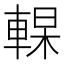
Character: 𰹔